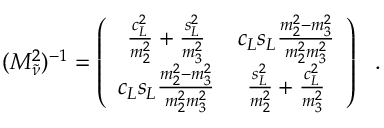
( M _ { \tilde { \nu } } ^ { 2 } ) ^ { - 1 } = \left( \begin{array} { c c } { { \frac { c _ { L } ^ { 2 } } { m _ { 2 } ^ { 2 } } + \frac { s _ { L } ^ { 2 } } { m _ { 3 } ^ { 2 } } } } & { { c _ { L } s _ { L } \frac { m _ { 2 } ^ { 2 } - m _ { 3 } ^ { 2 } } { m _ { 2 } ^ { 2 } m _ { 3 } ^ { 2 } } } } \\ { { c _ { L } s _ { L } \frac { m _ { 2 } ^ { 2 } - m _ { 3 } ^ { 2 } } { m _ { 2 } ^ { 2 } m _ { 3 } ^ { 2 } } } } & { { \frac { s _ { L } ^ { 2 } } { m _ { 2 } ^ { 2 } } + \frac { c _ { L } ^ { 2 } } { m _ { 3 } ^ { 2 } } } } \end{array} \right) \ \ .